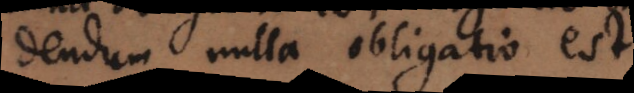
dendum nulla obligatio est